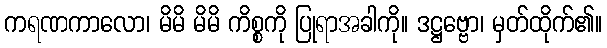
ကရဏကာလော၊ မိမိ မိမိ ကိစ္စကို ပြုရာအခါကို။ ဒဋ္ဌဗ္ဗော၊ မှတ်ထိုက်၏။